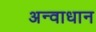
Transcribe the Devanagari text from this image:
अन्वाधान